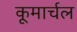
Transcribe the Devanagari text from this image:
कूमार्चल